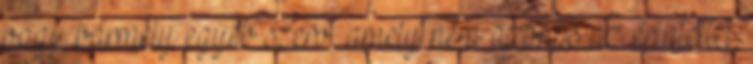
vagy bármely egyéb szerv, amely nem azonos az érintettel,